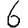
Digit: 6